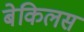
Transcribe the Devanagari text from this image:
बेकिलस